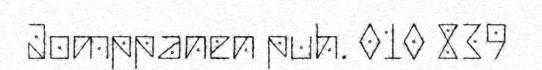
Jomppanen puh. 010 839